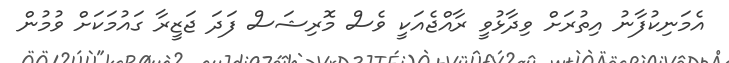
އެމަނިކުފާނު އިތުރަށް ވިދާޅުވީ ރާއްޖެއަކީ ވެސް މޮރިޝަސް ފަދަ ޖަޒީރާ ގައުމަކަށް ވުމުން